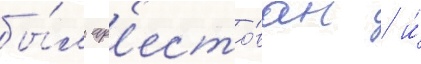
бы́л ар'есто́ван / и́